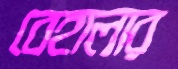
বেহালার